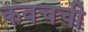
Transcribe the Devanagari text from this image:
कवचची